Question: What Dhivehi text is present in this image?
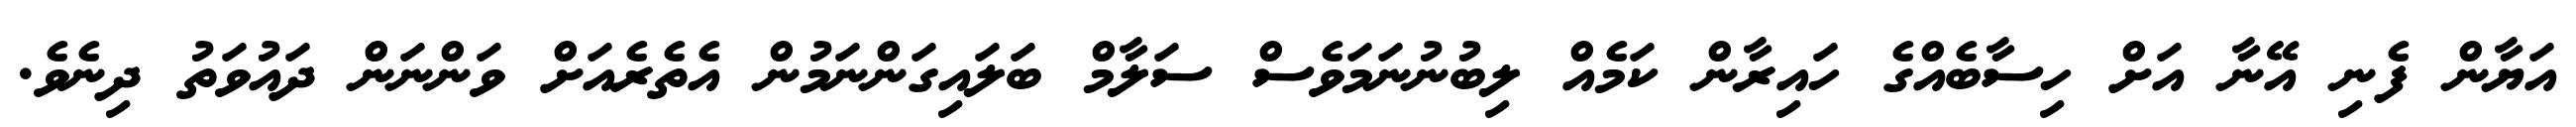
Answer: އަޔާން ފެނި އޭނާ އަށް ހިސާބެއްގެ ހައިރާން ކަމެއް ލިބުނުނަމަވެސް ސަލާމް ބަލައިގަންނަމުން އެތެރެއަށް ވަންނަން ދައުވަތު ދިނެވެ.